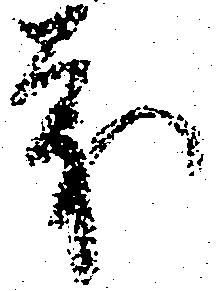
義